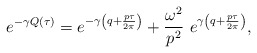
\begin{align*}e^{-\gamma Q(\tau)}=e^{-\gamma \left(q+\frac{p\tau}{2\pi}\right)} +\frac{\omega^2}{p^2}\,\,e^{\gamma \left(q+\frac{p\tau}{2\pi}\right)},\end{align*}